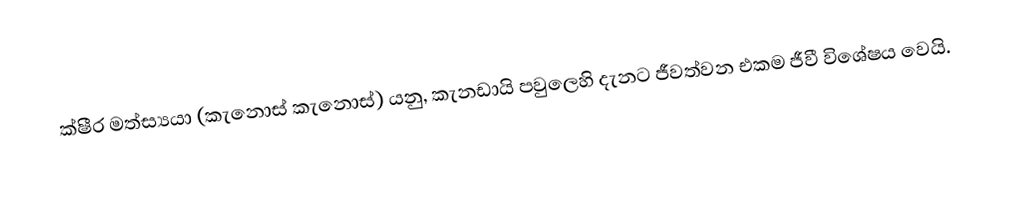
ක්ෂීර මත්ස්‍යයා (කැනොස් කැනොස්) යනු,  කැනඩායි පවුලෙහි දැනට ජීවත්වන එකම ජීවී විශේෂය වෙයි.